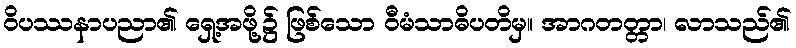
ဝိပဿနာပညာ၏ ရှေ့အဖို့၌ ဖြစ်သော ဝီမံသာဓိပတိမှ။ အာဂတတ္တာ၊ လာသည်၏